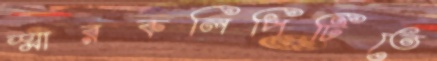
স্মারকলিপিটিতে